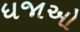
ધજાઓ